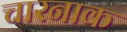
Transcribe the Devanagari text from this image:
चारनाक